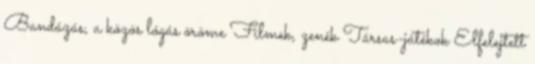
Bandázás, a közös lógás öröme Filmek, zenék Társas-játékok Elfelejtett